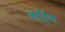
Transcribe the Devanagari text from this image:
काहिंचा